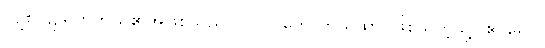
လျစ်လျူရှုတတ်သူ၏အဖြစ်သည်။ {၀၇} ဟောတိယထာ၊ ဖြစ်သကဲ့သို့။ ဧဝမေဝ၊